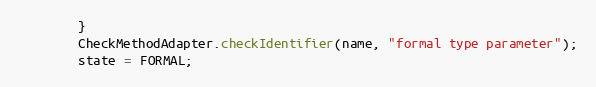
Language: Java
        }
        CheckMethodAdapter.checkIdentifier(name, "formal type parameter");
        state = FORMAL;